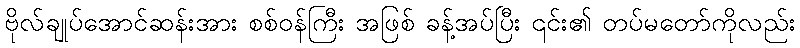
ဗိုလ်ချုပ်အောင်ဆန်းအား စစ်ဝန်ကြီး အဖြစ် ခန့်အပ်ပြီး ၎င်း၏ တပ်မတော်ကိုလည်း